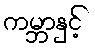
ကမ္ဘာနှင့်